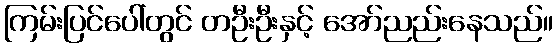
ကြမ်းပြင်ပေါ်တွင် တဦးဦးနှင့် အော်ညည်းနေသည်။